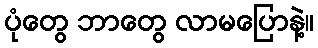
ပုံတွေ ဘာတွေ လာမပြောနဲ့။